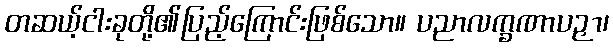
တဆယ့်ငါးခုတို့၏ပြည့်ကြောင်းဖြစ်သော။ ပညာလက္ခဏာပဉှာ၊